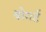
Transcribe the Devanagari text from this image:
बोगर्ट